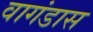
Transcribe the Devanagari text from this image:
वागंडास